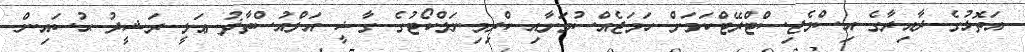
އަތޮޅުގެ ދާއިރާގެ އިސްމެޖިސްޓްރޭޓްކަމަށް ހަމަޖެއްސުމަށާއި ކްރިމިނަލްކޯޓުގެ ގާޟީ އަލްއުސްތާޛު ޢަލީ ރަޝީދު ޙުސައިން